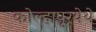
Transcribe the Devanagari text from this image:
कोल्हापूरयेथे